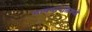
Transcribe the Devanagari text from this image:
भाषणांपलिकडे